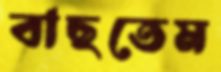
বাছতেম